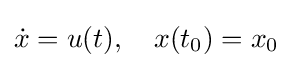
{\dot {x}}=u(t),\quad x(t_{0})=x_{0}